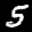
Label: 5